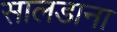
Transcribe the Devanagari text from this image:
सालडाना